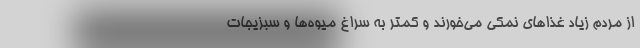
از مردم زیاد غذا‌های نمکی می‌خورند و کمتر به سراغ میوه‌ها و سبزیجات